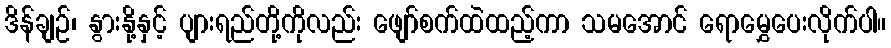
ဒိန်ချဉ်၊ နွားနို့နှင့် ပျားရည်တို့ကိုလည်း ဖျော်စက်ထဲထည့်ကာ သမအောင် ရောမွှေပေးလိုက်ပါ။